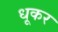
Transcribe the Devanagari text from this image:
धूकर